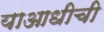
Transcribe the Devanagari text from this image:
याआधीची